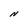
Character: N